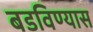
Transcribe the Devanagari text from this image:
बडविण्यास